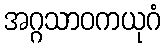
အဂ္ဂသာဝကယုဂံ